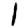
Digit: 1